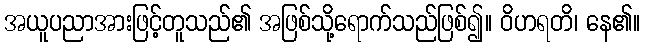
အယူပညာအားဖြင့်တူသည်၏ အဖြစ်သို့ရောက်သည်ဖြစ်၍။ ဝိဟရတိ၊ နေ၏။